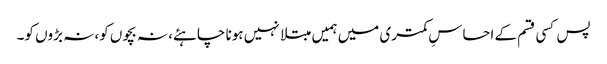
پس کسی قسم کے احساسِ کمتری میں ہمیں مبتلا نہیں ہونا چاہئے، نہ بچوں کو، نہ بڑوں کو۔